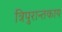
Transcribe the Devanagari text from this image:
त्रिपुरान्तकाय